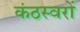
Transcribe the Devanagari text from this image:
कंठस्वरों